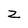
Character: z